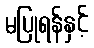
မပြုရန်နှင့်